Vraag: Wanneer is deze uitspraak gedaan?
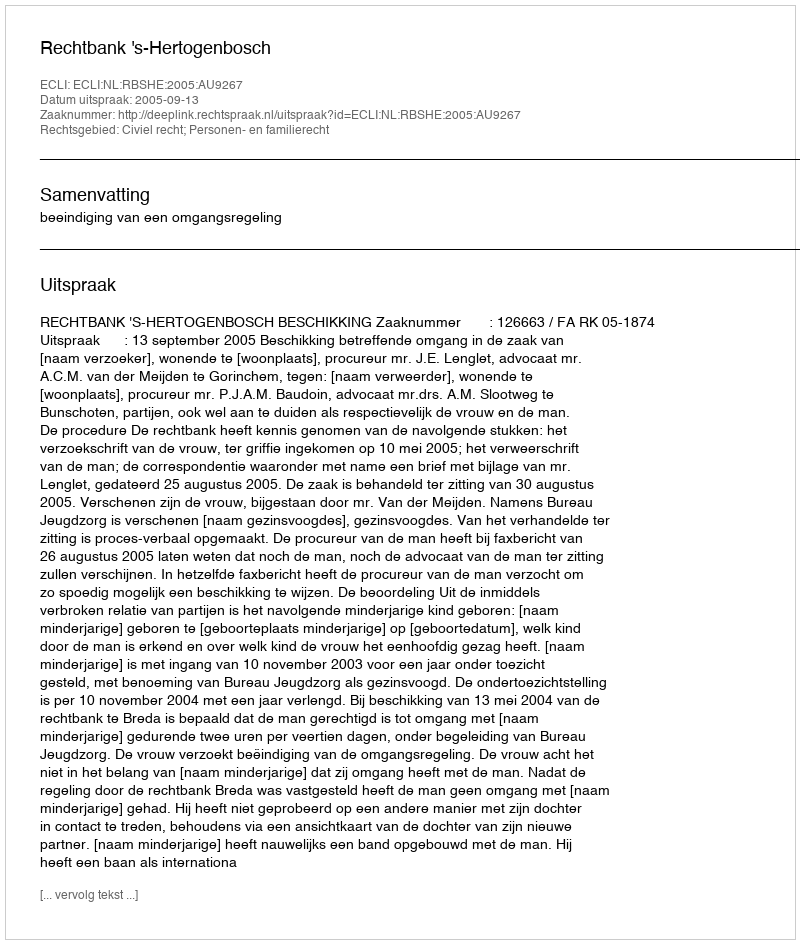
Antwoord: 2005-09-13